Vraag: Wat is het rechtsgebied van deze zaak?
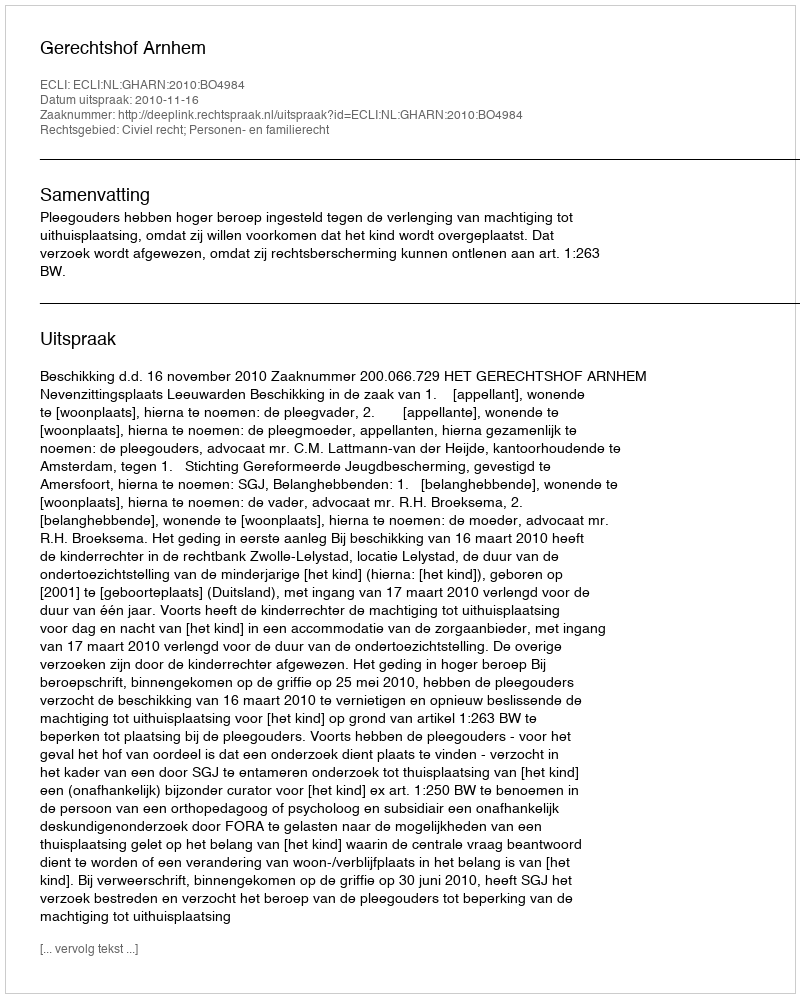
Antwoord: Civiel recht; Personen- en familierecht